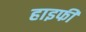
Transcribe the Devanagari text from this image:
हाइफी